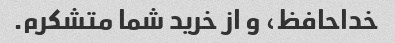
خداحافظ، و از خرید شما متشکرم.